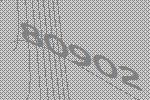
80902